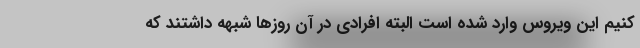
کنیم این ویروس وارد شده است البته افرادی در آن روزها شبهه داشتند که